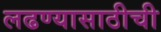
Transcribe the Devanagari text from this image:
लढण्यासाठीची